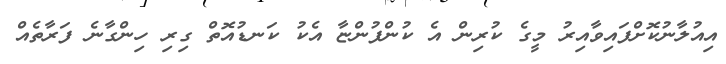
އިއުލާނުކޮށްފައިވާއިރު މީގެ ކުރިން އެ ކުންފުންޏާ އެކު ކަނޑުއޮތް ގިރި ހިންގާނެ ފަރާތެއް